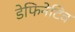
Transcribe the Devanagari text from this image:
डेफिनेटिव